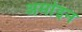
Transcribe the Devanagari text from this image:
अर्माइन